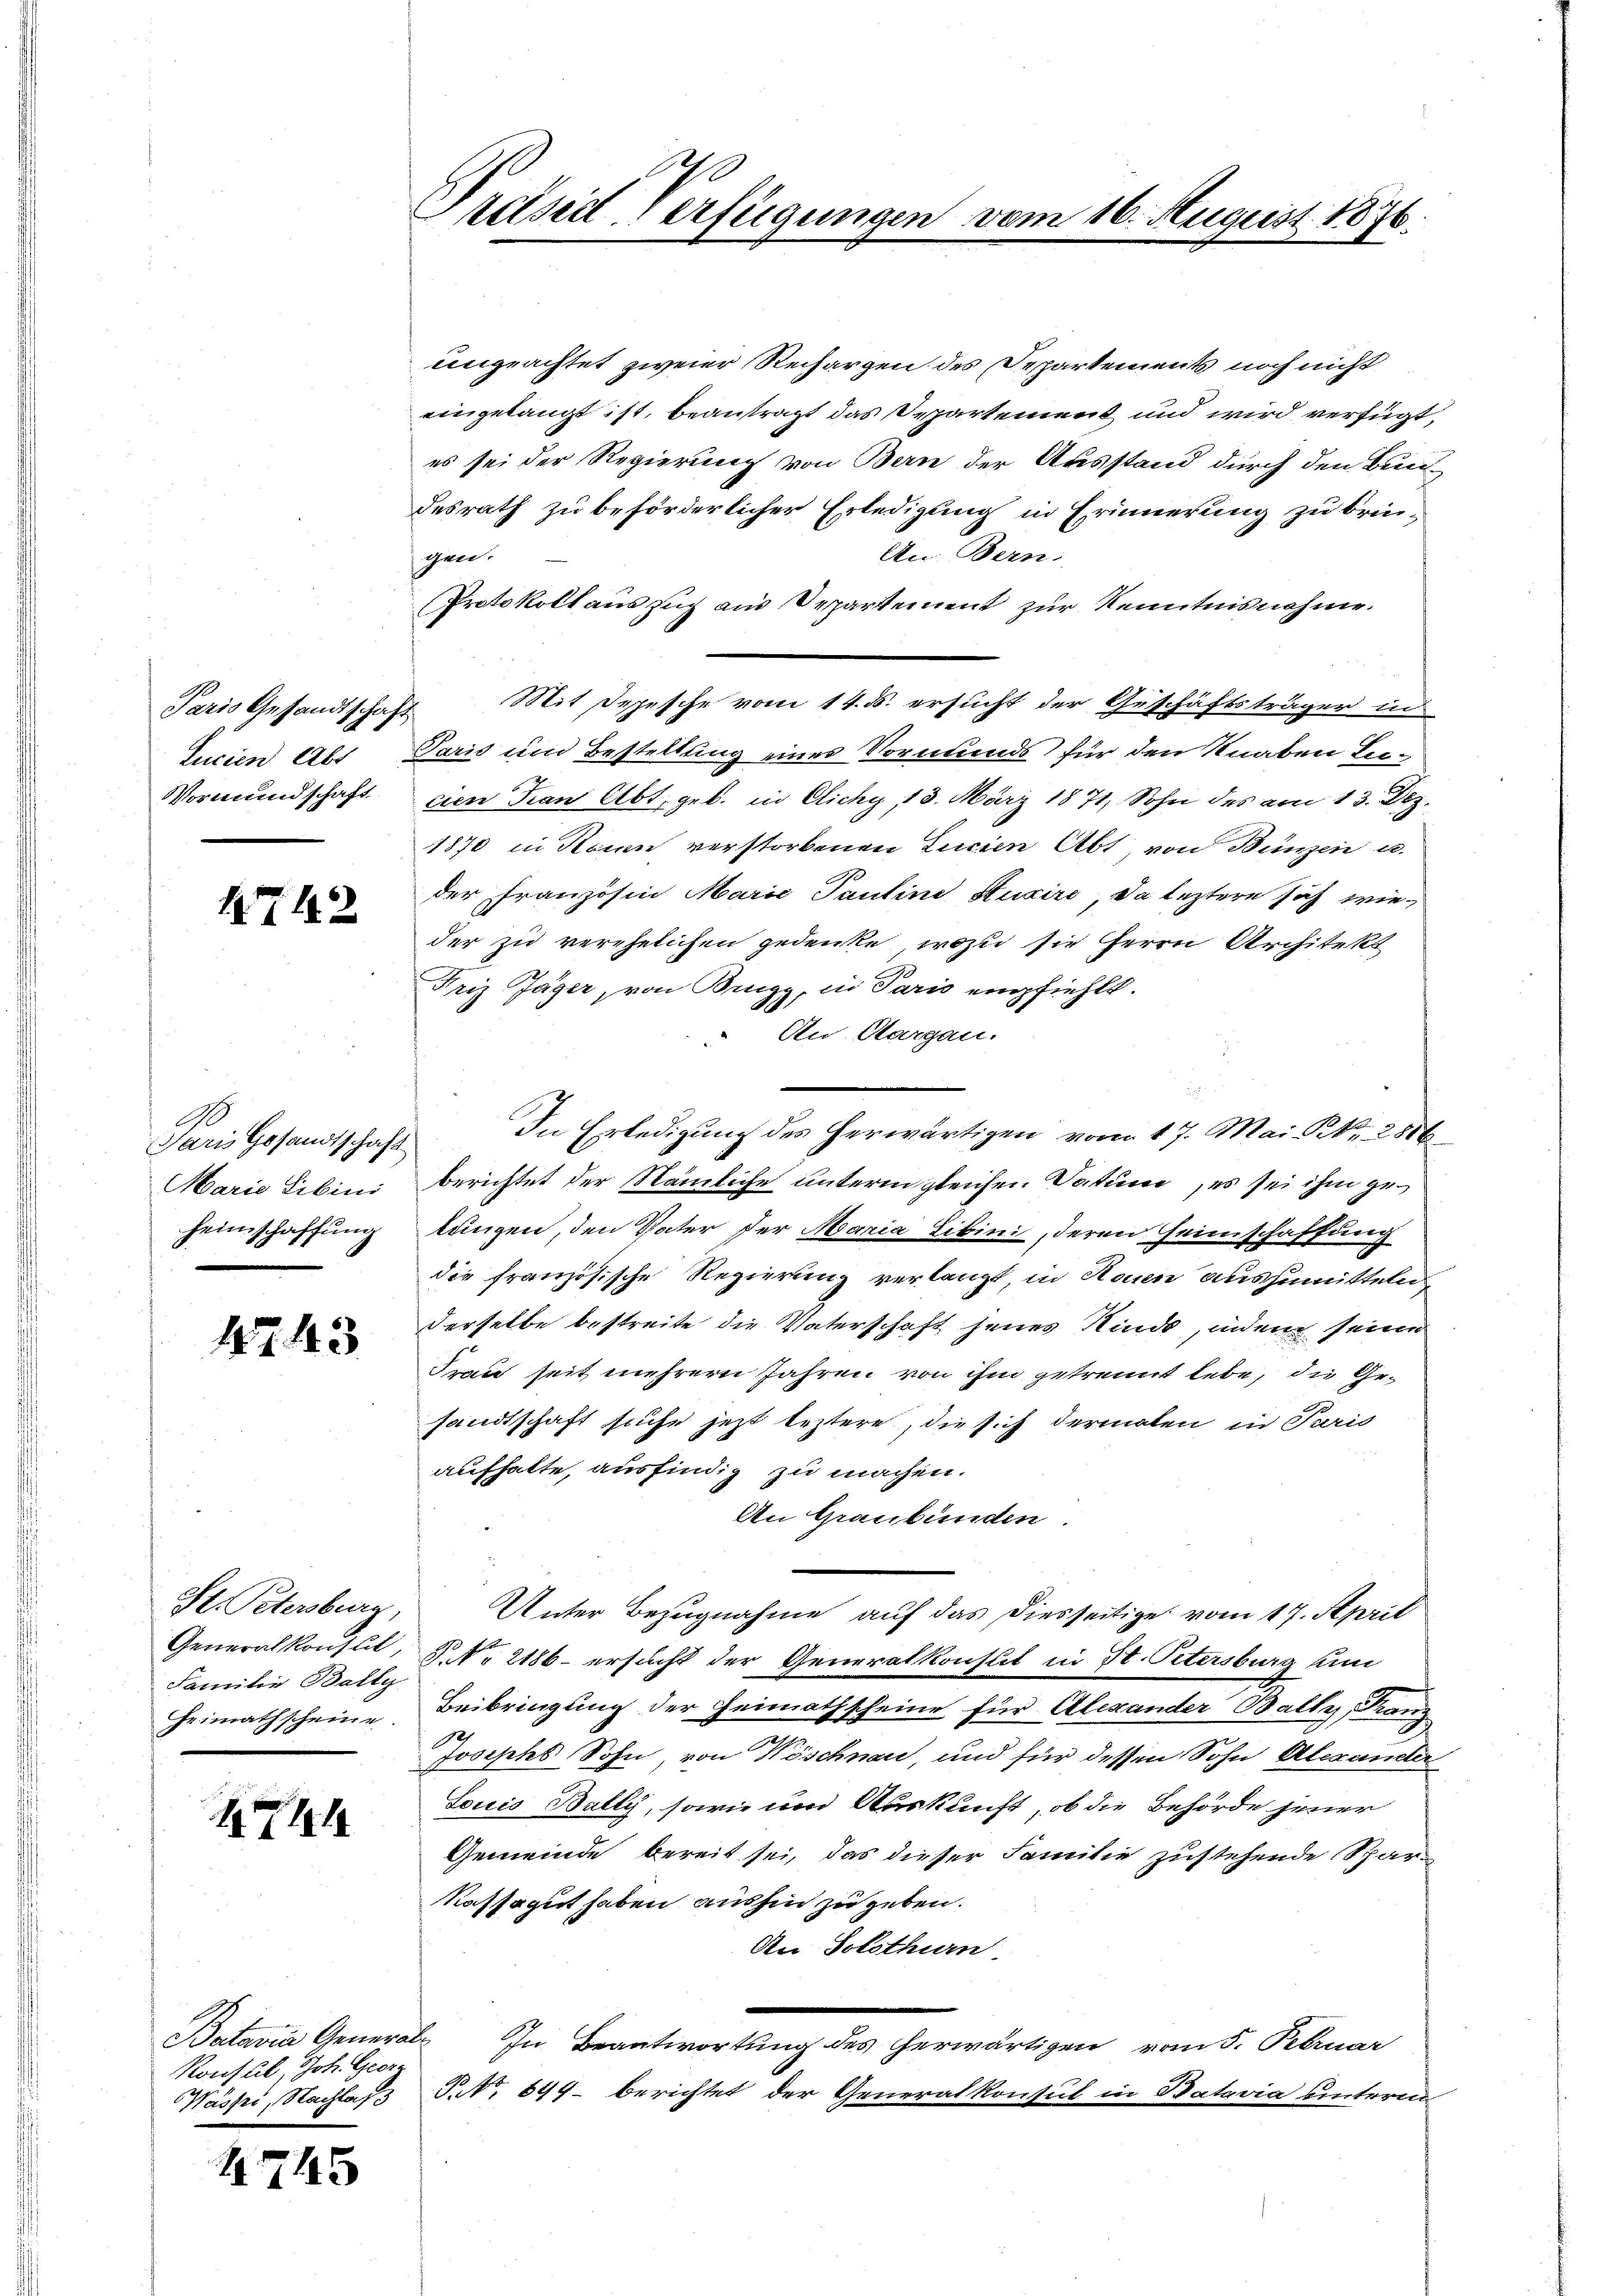
Paris Gesandtschaft

1712

ungeachtet zweier Rechargen des Departements noch nicht
eingelangt ist, beantragt das Departement und wird verfügt,
es sei der Regierung von Bern der Ausstand durch den Bundesrath zu beförderlicher Erledigung in Erinnerung zu brin¬
Un. Bern:
gen.
Protokoll auszug aus Departement zur Kenntnisnahme.
Mit Depesche vom 14. d. ersucht der Geschäftsträger in
lucien Abs Paris und Bestellung eines Vormunds für den Knaben Lu¬
Vormundschaft ein Frau Abt. geb. in Cichy 13. März 1871, Sohn des am 13. Dez.
1870 in Kann verstorbenen Lucien Abt, von Bunzen u.
der Französin Marie Pauline Stucire, da leztere sich wieder zu verehelichen gedenke, wozu sie Herrn Architekt
Friz Jäger, von Bugg, in Paris empfiehlt.
An Aargau.
In Erledigung des herwärtigen vom 17. Mai Nr. 2886
Marie Libini berichtet der Nämliche unterm gleichen Datum, es sei ihm ge¬
Heimschaffung langen, den Vater der Maria Libini, deren Heimschaffung
die französische Regierung verlangt, in Neuen auszumitteln
derselbe bestreite die Vaterschaft jenes Kinde, indem seiner
Frau seit mehrern Jahren von ihm getrennt lebe, die Ge-
sandtschaft suche jetzt leztere, die sich dermalen in Paris
aufhalte, ausfindig zu machen.
An Graubünden.
H. Petersburg, Unter Bezugnahme auf das diesseitige vom 17. April
Generalkonsul, P. Nr. 2186- ersucht der Generalkonst in Hr. Petersburg um
Heimathscheine Beibringung der Heimathscheine für Alexander Bally, Franz
.
Joseph Sohn, von Wöschnau, und für dessen Sohn Alexander
Toicis Bally, sowie und Auskunft, ob die Behörde jener
Gemeinde bereit sei, das dieser Familie zustehende Spar¬
Nassagut haben aushin zu geben.
An Solothurn
In Beantwortung des herwärtigen vom 5. Februar
Wässri, Nachlaß P. Nr. 699. berichtet der Generalkonsul in Batavia unterm

Paris Gesandtschaft

1743

Familie Bally

1744

Batavia General¬
Konsul, Joh. Georg

4745

Präses Verfügungen vom 16. August 1876.